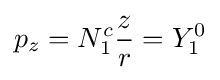
p_{z}=N_{1}^{c}{\frac {z}{r}}=Y_{1}^{0}